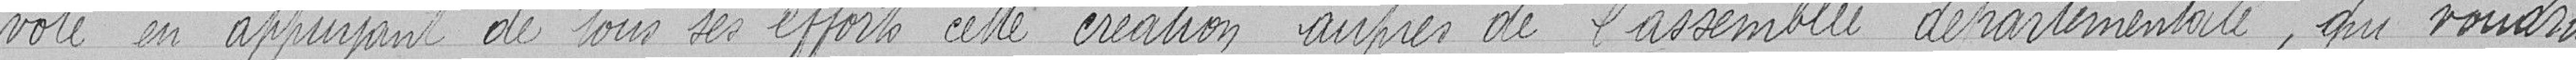
vote en appuyant de tous ses efforts cette création auprès de l'assemblée départementale, qui voudra